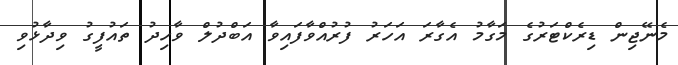
މެނޭޖިން ޑިރެކްޓަރުގެ މަގާމު އެގާރަ އަހަރު ފުރުއްވާފައިވާ އަބްދުލް ވާހިދު ތައުފީގު ވިދާޅުވި